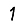
Digit: 1